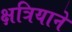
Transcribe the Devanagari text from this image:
क्षत्रियाने